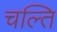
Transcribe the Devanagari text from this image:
चल्ति